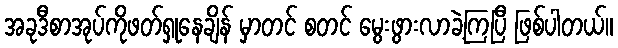
အခုဒီစာအုပ်ကိုဖတ်ရှုနေချိန် မှာတင် စတင် မွေးဖွားလာခဲ့ကြပြီ ဖြစ်ပါတယ်။